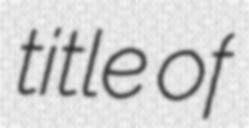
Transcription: title of